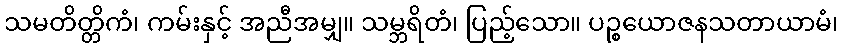
သမတိတ္တိကံ၊ ကမ်းနှင့် အညီအမျှ။ သမ္ဘရိတံ၊ ပြည့်သော။ ပဉ္စယောဇနသတာယာမံ၊